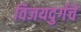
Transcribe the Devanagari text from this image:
विजयदुर्गचे